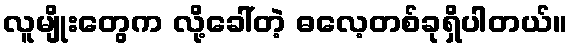
လူမျိုးတွေက လို့ခေါ်တဲ့ ဓလေ့တစ်ခုရှိပါတယ်။